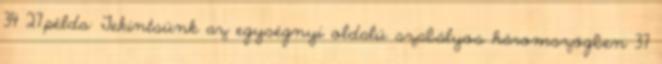
34 27.példa: Tekintsünk az egységnyi oldalú szabályos háromszögben 37